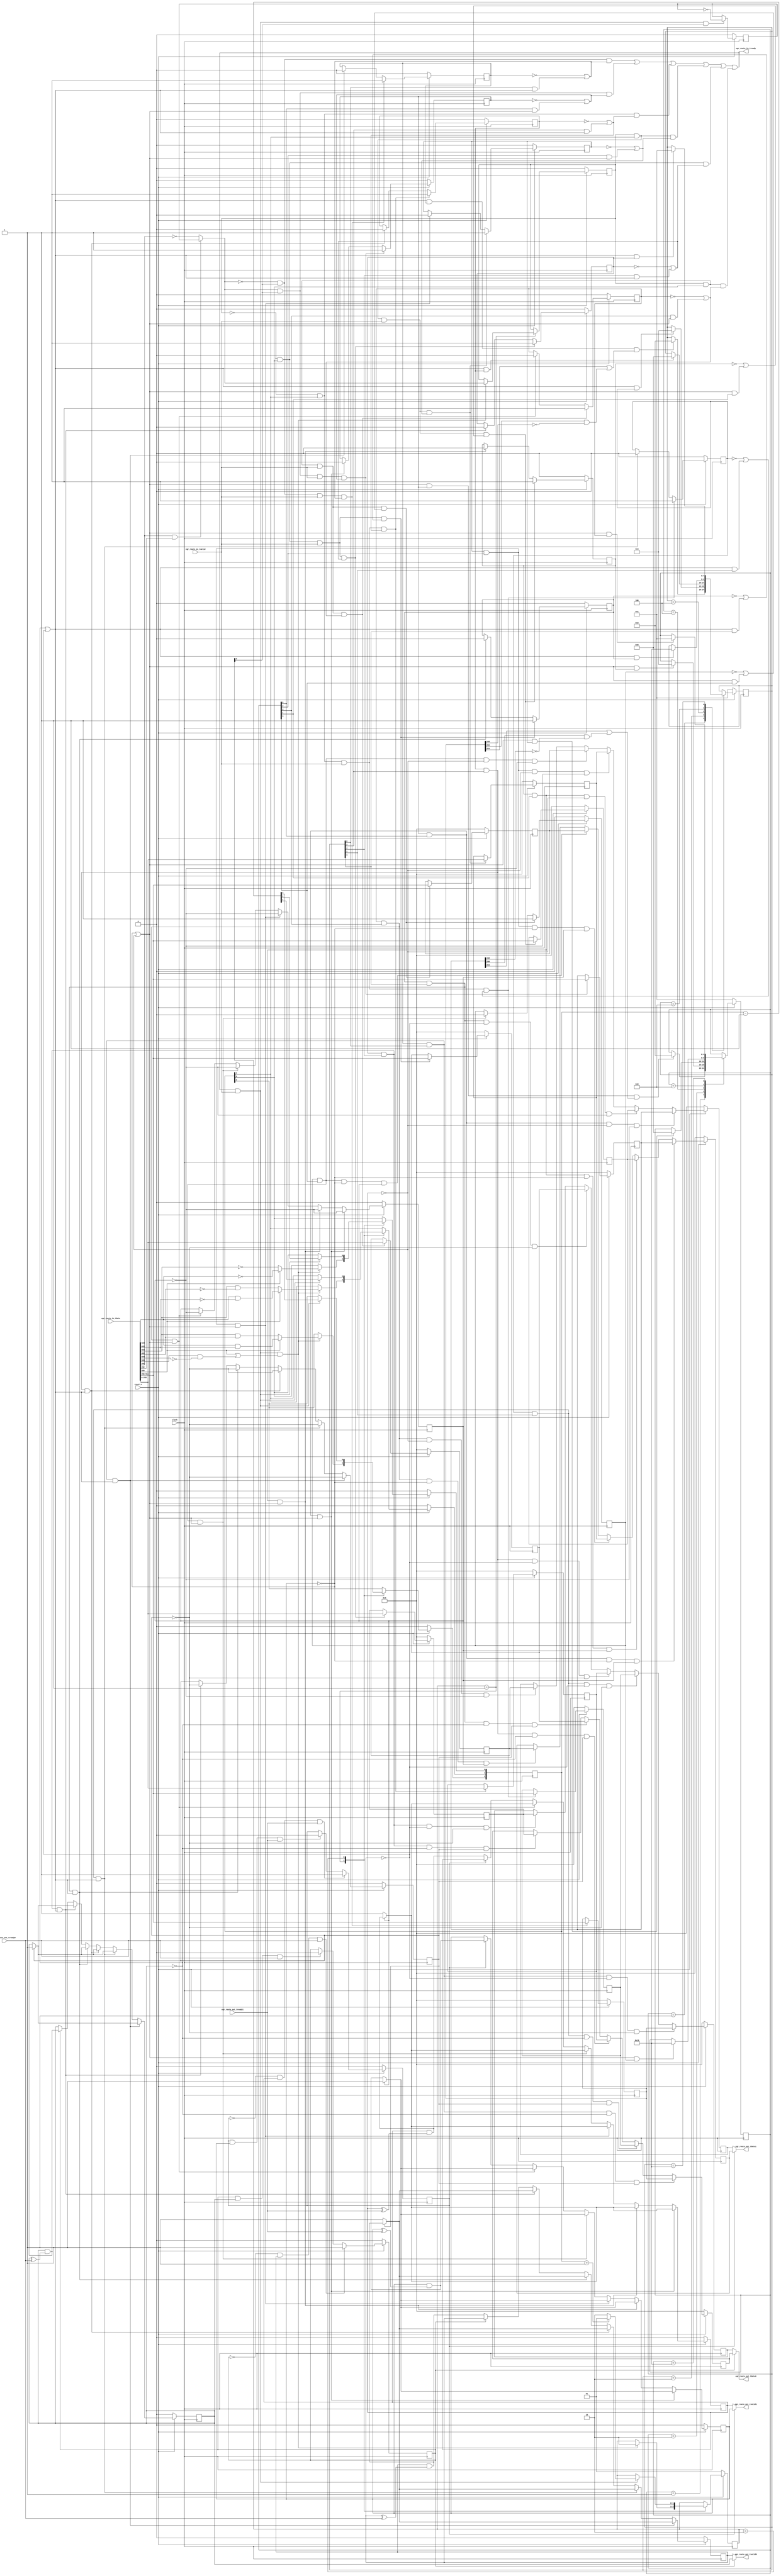
// This program was cloned from: https://github.com/OpenCAPI/ThymesisFlow
// License: Apache License 2.0

// *!***************************************************************************
// *! Copyright 2019 International Business Machines
// *!
// *! Licensed under the Apache License, Version 2.0 (the "License");
// *! you may not use this file except in compliance with the License.
// *! You may obtain a copy of the License at
// *! http://www.apache.org/licenses/LICENSE-2.0 
// *!
// *! The patent license granted to you in Section 3 of the License, as applied
// *! to the "Work," hereby includes implementations of the Work in physical form.  
// *!
// *! Unless required by applicable law or agreed to in writing, the reference design
// *! distributed under the License is distributed on an "AS IS" BASIS,
// *! WITHOUT WARRANTIES OR CONDITIONS OF ANY KIND, either express or implied.
// *! See the License for the specific language governing permissions and
// *! limitations under the License.
// *! 
// *! The background Specification upon which this is based is managed by and available from
// *! the OpenCAPI Consortium.  More information can be found at https://opencapi.org. 
// *!***************************************************************************
// Module designer: Dimitris Syrivelis
// Backup: Christian Pinto, Michele Gazzetti

`timescale 1ns / 10ps
// ******************************************************************************************************************************
// File Name          :  thymesisflow_64B_32B_routing_egress
// Project            :  ThymesisFlow disagreggated memory
//                       Receives Compute or Memory multiplexed cmd-data traffic and routes towards the proper pipeline based on 
//                       the netid field. It also downsizes 64B to 32B and may also bond channels by mastering complete transactions
//                         in a round robin fashion.
// ==============================================================================================================================
// @@@  Module Declaration
// ==============================================================================================================================

module thymesisflow_64B_32B_routing_egress (

    input              clock                   // Clock - samples & launches data on rising edge
  , input              reset_n                //  Active Low

  // 64B incoming data Interface
  , input   [511:0]     egr_route_in_tdata
  , input               egr_route_in_tvalid
  
  , output              egr_route_in_tready

  // 32B AXI-STREAM 
  , output  [255:0]     egr_route_out_tdata0     
  , output              egr_route_out_tvalid0         
  , input               egr_route_out_tready0

  // 32B AXI-STREAM
  , output   [255:0]    egr_route_out_tdata1          
  , output              egr_route_out_tvalid1         
  , input               egr_route_out_tready1

);

`define OCX_FLIT_NET_ID 296:291 
`define OCX_SELECT_PORT0 291
`define OCX_SELECT_PORT1 292  

reg [255:0] cmdflit0_q;
reg         cmdflit0_vld;

reg [255:0] dataflit00h_q; 
reg         dataflit00h_vld;

reg [255:0] dataflit00l_q; 
reg         dataflit00l_vld;

reg [255:0] dataflit01h_q;
reg         dataflit01h_vld;

reg [255:0] dataflit01l_q;
reg         dataflit01l_vld;


reg [255:0] pingdata0_q; 
reg         pingdata0_valid;

reg [255:0] pongdata0_q; 
reg         pongdata0_valid;

reg [255:0] cmdflit1_q;
reg         cmdflit1_vld;

reg [255:0] dataflit10h_q; 
reg         dataflit10h_vld;

reg [255:0] dataflit10l_q; 
reg         dataflit10l_vld;

reg [255:0] dataflit11h_q;
reg         dataflit11h_vld;

reg [255:0] dataflit11l_q;
reg         dataflit11l_vld;

reg [255:0] pingdata1_q; 
reg         pingdata1_valid;

reg [255:0] pongdata1_q; 
reg         pongdata1_valid;


//Assignments

reg output_turn;//used for bonding.

wire next_cmd_interface_id;//used for determining next interface

wire ping_pong_ready0;
wire ping_pong_ready1;

//OpenCAPI main state machine

wire   is_writecmd;
assign is_writecmd = egr_route_in_tdata[509];

wire   is_respRok;
assign is_respRok  = ((egr_route_in_tdata[506] == 1'b1) && (egr_route_in_tdata[504] == 1'b0));

//TLCmd
wire [1:0] cmd_dl;
assign cmd_dl  = egr_route_in_tdata[423:422]; //according to the mapping

//TLResp
wire [1:0] resp_dl;
assign resp_dl = egr_route_in_tdata[483:482];


reg  [1:0] ocapi_sm;
parameter INPUT_CMD_RESP = 2'b01;
parameter INPUT_DATAFLIT = 2'b10;

reg [2:0] dflit_size;
reg       next_data_interface_id;


wire input_is_data;
assign input_is_data = ocapi_sm[1];

wire input_is_data0;
assign input_is_data0 = dflit_size[1]; //for 128B flits only as dl is 2'b10; 

wire input_is_data1; 
assign input_is_data1 = dflit_size[0]; //for 128B flits only as dl is 2'b01;

wire input_is_cmd;
assign input_is_cmd = ocapi_sm[0];

wire is_cmd_p0;
wire is_data0_high_p0;
wire is_data0_low_p0;
wire is_data1_high_p0;
wire is_data1_low_p0; 

wire is_cmd_p1;
wire is_data0_high_p1;
wire is_data0_low_p1;
wire is_data1_high_p1;
wire is_data1_low_p1; 


//Determine which is the next interface and what type of opencapi flit is expected next. 
//If ping pong buffer is ready the previous flits should get propagated unless a downsize stall
//happens for dataflits (i.e. conversion of 1x64B -> 2x32B)
assign egr_route_in_tready = ((next_cmd_interface_id ==  1'b0) && (input_is_cmd == 1'b1) &&  //next interface0 this is a command and it can be consumed
                                                    ((cmdflit0_vld == 1'b0) ||  ((is_cmd_p0 == 1'b1) && (ping_pong_ready0 == 1'b1)))  
                             ) ||
                             ((next_cmd_interface_id ==  1'b1) && (input_is_cmd == 1'b1) &&  //next interface1 this is a command and it can be consumed
                                                    ((cmdflit1_vld == 1'b0) ||  ((is_cmd_p1 == 1'b1) && (ping_pong_ready1 == 1'b1)))  
                             ) ||
                             ((next_data_interface_id == 1'b0) && (input_is_data0 == 1'b1) &&  //next data interface is zero and data0 low side is delivered now
                                                    ((dataflit00l_vld == 1'b0) ||  ((is_data0_low_p0 == 1'b1) && (ping_pong_ready0 == 1'b1)))  
                             ) ||                     
                             ((next_data_interface_id == 1'b1) && (input_is_data0 == 1'b1) &&  //next data interface is zero and data0 low side is delivered now
                                                    ((dataflit10l_vld == 1'b0) ||  ((is_data0_low_p1 == 1'b1) && (ping_pong_ready1 == 1'b1)))  
                             ) ||
                              ((next_data_interface_id == 1'b0) && (input_is_data1 == 1'b1) &&  //next data interface is zero and data0 low side is delivered now
                                                    ((dataflit01l_vld == 1'b0) ||  ((is_data1_low_p0 == 1'b1) && (ping_pong_ready0 == 1'b1)))  
                             ) ||                     
                             ((next_data_interface_id == 1'b1) && (input_is_data1 == 1'b1) &&  //next data interface is zero and data0 low side is delivered now
                                                    ((dataflit11l_vld == 1'b0) ||  ((is_data1_low_p1 == 1'b1) && (ping_pong_ready1 == 1'b1)))  
                             );
 

always @(posedge(clock))
begin
       if (reset_n == 1'b0)
    begin
      ocapi_sm               <= INPUT_CMD_RESP;
      dflit_size             <= 2'b00;
      next_data_interface_id <= 1'b0;
    end
   else
    case (ocapi_sm) 
       INPUT_CMD_RESP:                                   
	    begin
              if ((egr_route_in_tready == 1'b1) && (egr_route_in_tvalid == 1'b1) && //if the cmd is 128B write or Read resp OK there is special handling.
                                               ((is_writecmd == 1'b1) || (is_respRok == 1'b1))
                 ) //Commands with dataflits
                begin
                   dflit_size[2]                   <= (is_writecmd == 1'b1) ? cmd_dl[1]  & cmd_dl[0]  : resp_dl[1] &  resp_dl[0];
                   dflit_size[1]                   <= (is_writecmd == 1'b1) ? cmd_dl[1]  & ~cmd_dl[0] : resp_dl[1] & ~resp_dl[0];
                   dflit_size[0]                   <= (is_writecmd == 1'b1) ? ~cmd_dl[1] : ~resp_dl[1];
                   ocapi_sm                        <= INPUT_DATAFLIT;//next at input is cmd1
                   next_data_interface_id          <= next_cmd_interface_id;
                end
            end
	INPUT_DATAFLIT:
            begin  
              if ((egr_route_in_tready == 1'b1) && (egr_route_in_tvalid == 1'b1)) 
                begin
                   dflit_size         <= dflit_size - 3'b001;   
                   ocapi_sm           <= (dflit_size == 3'b001)? INPUT_CMD_RESP : INPUT_DATAFLIT;      //next at input is  cmd0   
                end 
            end         
    endcase
end    


//determining the next output for bonding. Each output gets a full command in (with data as well)
always @(posedge(clock))
begin
   if (reset_n == 1'b0)
    begin
      output_turn <= 1'b0;
    end
   else if ((egr_route_in_tready == 1'b1) && (egr_route_in_tvalid == 1'b1) && (input_is_cmd == 1'b1))
    begin
          output_turn <=  ~output_turn;
    end
end

//needs revisit as it only considers only 2 interfaces (which are available on the AD9V3 card)
//output turn is selected for channel bonding and if this is not the case, if outport0 is not selected we assume 1 is.
assign next_cmd_interface_id = (( egr_route_in_tdata[`OCX_SELECT_PORT0] == 1'b1) && ( egr_route_in_tdata[`OCX_SELECT_PORT1] == 1'b1)) ? output_turn : ~egr_route_in_tdata[`OCX_SELECT_PORT0];

//Processes that pull data from stage 1 to ping pong buffer.

//Cmdflit0
always @(posedge(clock))
begin
   if (reset_n == 1'b0)
     begin
        cmdflit0_q <= 256'b0;
        cmdflit0_vld <= 1'b0;
     end
   else if ((next_cmd_interface_id ==  1'b0) && //0 is the next interface 
            (input_is_cmd == 1'b1) &&           //first stage input is cmd
            (egr_route_in_tvalid == 1'b1) &&    //there is a cmd at the first stage input
            ( (cmdflit0_vld == 1'b0) ||        //first stage is empty or second stage is pulling the other flit in this cycle.
                   ((ping_pong_ready0 == 1'b1) && (is_cmd_p0 == 1'b1)) 
            )                      
           )
     begin
        cmdflit0_q   <= egr_route_in_tdata[511:256]; 
        cmdflit0_vld <= 1'b1;
     end
   else if ((cmdflit0_vld == 1'b1) && (is_cmd_p0 == 1'b1) && (ping_pong_ready0 == 1'b1))
     begin
        cmdflit0_vld <= 1'b0;
     end 
end

//dataflit00h_q
always @(posedge(clock))
begin
   if (reset_n == 1'b0)
     begin
        dataflit00h_q   <= 512'b0;
        dataflit00h_vld <= 1'b0;
     end
   else if ((next_data_interface_id ==  1'b0) && //0 is the next interface 
            (input_is_data0 == 1'b1) &&         //first stage input is dataflit0
            (egr_route_in_tvalid == 1'b1) &&    //there is a dataflit at the first stage input
            ( (dataflit00h_vld == 1'b0) ||        //first stage is empty or second stage is pulling the lower flit in this cycle.
                 ((ping_pong_ready0 == 1'b1) && (is_data0_high_p0 == 1'b1)) 
            )                      
           )
     begin
        dataflit00h_q   <= egr_route_in_tdata[511:256]; 
        dataflit00h_vld <= 1'b1;
     end
   else if ((dataflit00h_vld == 1'b1) && (is_data0_high_p0 == 1'b1) && (ping_pong_ready0 == 1'b1))
     begin
        dataflit00h_vld <= 1'b0;
     end 
end

//dataflit00l_q
always @(posedge(clock))
begin
   if (reset_n == 1'b0)
     begin
        dataflit00l_q   <= 512'b0;
        dataflit00l_vld <= 1'b0;
     end
   else if ((next_data_interface_id ==  1'b0) && //0 is the next interface 
            (input_is_data0 == 1'b1) &&         //first stage input is dataflit0
            (egr_route_in_tvalid == 1'b1) &&    //there is a dataflit at the first stage input
            ( (dataflit00l_vld == 1'b0) ||        //first stage is empty or second stage is pulling the lower flit in this cycle.
                 ((ping_pong_ready0 == 1'b1) && (is_data0_low_p0 == 1'b1)) 
            )                      
           )
     begin
        dataflit00l_q   <= egr_route_in_tdata[255:0]; 
        dataflit00l_vld <= 1'b1;
     end
   else if ((dataflit00l_vld == 1'b1) && (is_data0_low_p0 == 1'b1) && (ping_pong_ready0 == 1'b1))
     begin
        dataflit00l_vld <= 1'b0;
     end 
end

//dataflit01h_q
always @(posedge(clock))
begin
   if (reset_n == 1'b0)
     begin
        dataflit01h_q   <= 512'b0;
        dataflit01h_vld <= 1'b0;
     end
   else if ((next_data_interface_id ==  1'b0) && //0 is the next interface 
            (input_is_data1 == 1'b1) &&         //first stage input is dataflit0
            (egr_route_in_tvalid == 1'b1) &&    //there is a dataflit at the first stage input
            ( (dataflit01h_vld == 1'b0) ||        //first stage is empty or second stage is pulling the lower flit in this cycle.
                 ((ping_pong_ready0 == 1'b1) && (is_data1_high_p0 == 1'b1)) 
            )                      
           )
     begin
        dataflit01h_q   <= egr_route_in_tdata[511:256]; 
        dataflit01h_vld <= 1'b1;
     end
   else if ((dataflit01h_vld == 1'b1) && (is_data1_high_p0 == 1'b1) && (ping_pong_ready0 == 1'b1))
     begin
        dataflit01h_vld <= 1'b0;
     end 
end

//dataflit00l_q
always @(posedge(clock))
begin
   if (reset_n == 1'b0)
     begin
        dataflit01l_q <= 512'b0;
        dataflit01l_vld <= 1'b0;
     end
   else if ((next_data_interface_id ==  1'b0) && //0 is the next interface 
            (input_is_data1 == 1'b1) &&         //first stage input is dataflit0
            (egr_route_in_tvalid == 1'b1) &&    //there is a dataflit at the first stage input
            ( (dataflit01l_vld == 1'b0) ||        //first stage is empty or second stage is pulling the lower flit in this cycle.
                 ((ping_pong_ready0 == 1'b1) && (is_data1_low_p0 == 1'b1)) 
            )                      
           )
     begin
        dataflit01l_q   <= egr_route_in_tdata[255:0]; 
        dataflit01l_vld <= 1'b1;
     end
   else if ((dataflit01l_vld == 1'b1) && (is_data1_low_p0 == 1'b1) && (ping_pong_ready0 == 1'b1))
     begin
        dataflit01l_vld <= 1'b0;
     end 
end

//Cmdflit1
always @(posedge(clock))
begin
   if (reset_n == 1'b0)
     begin
        cmdflit1_q   <= 256'b0;
        cmdflit1_vld <= 1'b0;
     end
   else if ((next_cmd_interface_id ==  1'b1) && //1 is the next interface 
            (input_is_cmd == 1'b1) &&           //first stage input is cmd
            (egr_route_in_tvalid == 1'b1) &&    //there is a cmd at the first stage input
            ( (cmdflit1_vld == 1'b0) ||        //first stage is empty or second stage is pulling the other flit in this cycle.
                   ((ping_pong_ready1 == 1'b1) && (is_cmd_p1 == 1'b1)) 
            )                      
           )
     begin
        cmdflit1_q   <= egr_route_in_tdata[511:256]; 
        cmdflit1_vld <= 1'b1;
     end
   else if ((cmdflit1_vld == 1'b1) && (is_cmd_p1 == 1'b1) && (ping_pong_ready1 == 1'b1))
     begin
        cmdflit1_vld <= 1'b0;
     end 
end

//dataflit10h_q
always @(posedge(clock))
begin
   if (reset_n == 1'b0)
     begin
        dataflit10h_q   <= 512'b0;
        dataflit10h_vld <= 1'b0;
     end
   else if ((next_data_interface_id ==  1'b1) && //1 is the next interface 
            (input_is_data0 == 1'b1) &&         //first stage input is dataflit0
            (egr_route_in_tvalid == 1'b1) &&    //there is a dataflit at the first stage input
            ( (dataflit10h_vld == 1'b0)  ||  //first stage is _completely_ empty  or second stage is pulling the lower flit in this cycle.
                 ((ping_pong_ready1 == 1'b1) && (is_data0_high_p1 == 1'b1)) 
            )                      
           )
     begin
        dataflit10h_q   <= egr_route_in_tdata[511:256]; 
        dataflit10h_vld <= 1'b1;
     end
   else if ((dataflit10h_vld == 1'b1) && (is_data0_high_p1 == 1'b1) && (ping_pong_ready1 == 1'b1))
     begin
        dataflit10h_vld <= 1'b0;
     end 
end

//dataflit10l_q
always @(posedge(clock))
begin
   if (reset_n == 1'b0)
     begin
        dataflit10l_q   <= 512'b0;
        dataflit10l_vld <= 1'b0;
     end
   else if ((next_data_interface_id ==  1'b1) && //1 is the next interface 
            (input_is_data0 == 1'b1) &&         //first stage input is dataflit0
            (egr_route_in_tvalid == 1'b1) &&    //there is a dataflit at the first stage input
            ( (dataflit10l_vld == 1'b0) ||        //first stage is empty or second stage is pulling the lower flit in this cycle.
                 ((ping_pong_ready1 == 1'b1) && (is_data0_low_p1 == 1'b1)) 
            )                      
           )
     begin
        dataflit10l_q   <= egr_route_in_tdata[255:0]; 
        dataflit10l_vld <= 1'b1;
     end
   else if ((dataflit10l_vld == 1'b1) && (is_data0_low_p1 == 1'b1) && (ping_pong_ready1 == 1'b1))
     begin
        dataflit10l_vld <= 1'b0;
     end 
end

//dataflit11h_q
always @(posedge(clock))
begin
   if (reset_n == 1'b0)
     begin
        dataflit11h_q   <= 512'b0;
        dataflit11h_vld <= 1'b0;
     end
   else if ((next_data_interface_id ==  1'b1) && //1 is the next interface 
            (input_is_data1 == 1'b1) &&         //first stage input is dataflit0
            (egr_route_in_tvalid == 1'b1) &&    //there is a dataflit at the first stage input
            ( (dataflit11h_vld == 1'b0) ||        //first stage is empty or second stage is pulling the lower flit in this cycle.
                 ((ping_pong_ready1 == 1'b1) && (is_data1_high_p1 == 1'b1)) 
            )                      
           )
     begin
        dataflit11h_q   <= egr_route_in_tdata[511:256]; 
        dataflit11h_vld <= 1'b1;
     end
   else if ((dataflit11h_vld == 1'b1) && (is_data1_high_p1 == 1'b1) && (ping_pong_ready1 == 1'b1))
     begin
        dataflit11h_vld <= 1'b0;
     end 
end

//dataflit11l_q
always @(posedge(clock))
begin
   if (reset_n == 1'b0)
     begin
        dataflit11l_q <= 512'b0;
        dataflit11l_vld <= 1'b0;
     end
   else if ((next_data_interface_id ==  1'b1) && //1 is the next interface 
            (input_is_data1 == 1'b1) &&         //first stage input is dataflit0
            (egr_route_in_tvalid == 1'b1) &&    //there is a dataflit at the first stage input
            ( (dataflit11l_vld == 1'b0) ||        //first stage is empty or second stage is pulling the lower flit in this cycle.
                 ((ping_pong_ready1 == 1'b1) && (is_data1_low_p1 == 1'b1)) 
            )                      
           )
     begin
        dataflit11l_q   <= egr_route_in_tdata[255:0]; 
        dataflit11l_vld <= 1'b1;
     end
   else if ((dataflit11l_vld == 1'b1) && (is_data1_low_p1 == 1'b1) && (ping_pong_ready1 == 1'b1))
     begin
        dataflit11l_vld <= 1'b0;
     end 
end



//OUTPUT PORT0 PING PONG BUFFER LOGIC

wire   is_writecmd_p0;
assign is_writecmd_p0 = cmdflit0_q[253];

wire   is_respRok_p0;
assign is_respRok_p0  = ((cmdflit0_q[250] == 1'b1) && (cmdflit0_q[248] == 1'b0));

wire [1:0] cmd_dl_p0;
assign cmd_dl_p0  = cmdflit0_q[167:166]; //according to the mapping

wire [1:0] resp_dl_p0;
assign resp_dl_p0 = cmdflit0_q[227:226];


parameter PORT0_CMD        = 5'b00001;
parameter PORT0_DATA0_HIGH = 5'b00010;
parameter PORT0_DATA0_LOW  = 5'b00100;
parameter PORT0_DATA1_HIGH = 5'b01000;
parameter PORT0_DATA1_LOW  = 5'b10000;

reg [4:0] port0_sm;

assign is_cmd_p0         = port0_sm[0];
assign is_data0_high_p0  = port0_sm[1];
assign is_data0_low_p0   = port0_sm[2];
assign is_data1_high_p0  = port0_sm[3];
assign is_data1_low_p0   = port0_sm[4];

always @(posedge(clock))
begin
   if (reset_n == 1'b0)
    begin
      port0_sm        <= PORT0_CMD;
    end
   else
    case (port0_sm) 
       PORT0_CMD:                                   
	    begin
              if ((ping_pong_ready0 == 1'b1) && (cmdflit0_vld == 1'b1) && 
                      ((is_writecmd_p0 == 1'b1) || (is_respRok_p0 == 1'b1))) 
                   port0_sm <= PORT0_DATA0_HIGH;
            end
	PORT0_DATA0_HIGH:
            begin  
              if ((ping_pong_ready0 == 1'b1) && (dataflit00h_vld == 1'b1)) 
                   port0_sm  <= PORT0_DATA0_LOW;  
            end         
        PORT0_DATA0_LOW:
            begin
              if ((ping_pong_ready0 == 1'b1) && (dataflit00l_vld == 1'b1)) 
                   port0_sm  <= PORT0_DATA1_HIGH;   
            end
        PORT0_DATA1_HIGH:
            begin
              if ((ping_pong_ready0 == 1'b1) && (dataflit01h_vld == 1'b1)) 
                   port0_sm  <= PORT0_DATA1_LOW;   
            end
        PORT0_DATA1_LOW:
            begin
              if ((ping_pong_ready0 == 1'b1) && (dataflit01l_vld == 1'b1)) 
                   port0_sm  <= PORT0_CMD;   
            end
    endcase
end    


assign ping_pong_ready0 = ((pongdata0_valid == 1'b0) || (pingdata0_valid == 1'b0));

reg pp0_turn_w;
reg pp0_turn_r; //ping pong buffer write-read regs
//fill in ping data q register
always @(posedge(clock))
begin
   if (reset_n == 1'b0)
    begin
       pingdata0_q <= 256'b0;
    end
   else if ((is_cmd_p0 == 1'b1) && (cmdflit0_vld == 1'b1) && (pingdata0_valid == 1'b0) && (pp0_turn_w == 1'b0))
    begin
       pingdata0_q  <= cmdflit0_q;
    end
   else if ((is_data0_high_p0 == 1'b1) && (dataflit00h_vld == 1'b1) && (pingdata0_valid == 1'b0) && (pp0_turn_w == 1'b0))
    begin
       pingdata0_q  <= dataflit00h_q;
    end
   else if ((is_data0_low_p0 == 1'b1) && (dataflit00l_vld == 1'b1) && (pingdata0_valid == 1'b0) && (pp0_turn_w == 1'b0))
    begin
       pingdata0_q  <= dataflit00l_q;
    end
   else if ((is_data1_high_p0 == 1'b1) && (dataflit01h_vld == 1'b1) && (pingdata0_valid == 1'b0) && (pp0_turn_w == 1'b0))
    begin
       pingdata0_q  <= dataflit01h_q;
    end
   else if ((is_data1_low_p0 == 1'b1) && (dataflit01l_vld == 1'b1) && (pingdata0_valid == 1'b0) && (pp0_turn_w == 1'b0))
    begin
       pingdata0_q  <= dataflit01l_q;
    end
end

always @(posedge(clock))
begin
   if (reset_n == 1'b0)
    begin
       pongdata0_q <= 256'b0;
    end
   else if ((is_cmd_p0 == 1'b1) && (cmdflit0_vld == 1'b1) && (pongdata0_valid == 1'b0) && (pp0_turn_w == 1'b1))
    begin
       pongdata0_q  <= cmdflit0_q;
    end
   else if ((is_data0_high_p0 == 1'b1) && (dataflit00h_vld == 1'b1) && (pongdata0_valid == 1'b0) && (pp0_turn_w  == 1'b1))
    begin
       pongdata0_q  <= dataflit00h_q;
    end
   else if ((is_data0_low_p0 == 1'b1) && (dataflit00l_vld == 1'b1) && (pongdata0_valid == 1'b0) && (pp0_turn_w  == 1'b1))
    begin
       pongdata0_q  <= dataflit00l_q;
    end
   else if ((is_data1_high_p0 == 1'b1) && (dataflit01h_vld == 1'b1) && (pongdata0_valid == 1'b0) && (pp0_turn_w  == 1'b1))
    begin
       pongdata0_q  <= dataflit01h_q;
    end
   else if ((is_data1_low_p0 == 1'b1) && (dataflit01l_vld == 1'b1) && (pongdata0_valid == 1'b0) && (pp0_turn_w  == 1'b1))
    begin
       pongdata0_q  <= dataflit01l_q;
    end
end

//ping pong turn_write andi valid  handling
always @(posedge(clock))
begin
   if (reset_n == 1'b0)
    begin
       pongdata0_valid  <= 1'b0;
       pingdata0_valid  <= 1'b0;
       pp0_turn_w       <= 1'b0;
    end
   else if ((is_cmd_p0 == 1'b1) && (cmdflit0_vld == 1'b1) && (ping_pong_ready0 == 1'b1) )
    begin
       pp0_turn_w       <= ~pp0_turn_w;
       pingdata0_valid  <= (pp0_turn_w  == 1'b0) ? 1'b1 : pingdata0_valid & (pingdata0_valid ^ egr_route_out_tready0);
       pongdata0_valid  <= (pp0_turn_w  == 1'b1) ? 1'b1 : pongdata0_valid & (pongdata0_valid ^ egr_route_out_tready0); 
    end
   else if ((is_data0_high_p0 == 1'b1) && (dataflit00h_vld == 1'b1) && (ping_pong_ready0 == 1'b1))
    begin
       pp0_turn_w       <= ~pp0_turn_w; 
       pingdata0_valid  <= (pp0_turn_w  == 1'b0) ? 1'b1 : pingdata0_valid & (pingdata0_valid ^ egr_route_out_tready0);
       pongdata0_valid  <= (pp0_turn_w  == 1'b1) ? 1'b1 : pongdata0_valid & (pongdata0_valid ^ egr_route_out_tready0); 
    end
   else if ((is_data0_low_p0 == 1'b1) && (dataflit00l_vld == 1'b1) && (ping_pong_ready0 == 1'b1))
    begin
       pp0_turn_w       <= ~pp0_turn_w; 
       pingdata0_valid  <= (pp0_turn_w  == 1'b0) ? 1'b1 : pingdata0_valid & (pingdata0_valid ^ egr_route_out_tready0);
       pongdata0_valid  <= (pp0_turn_w  == 1'b1) ? 1'b1 : pongdata0_valid & (pongdata0_valid ^ egr_route_out_tready0); 
   end
   else if ((is_data1_high_p0 == 1'b1) && (dataflit01h_vld == 1'b1) && (ping_pong_ready0 == 1'b1))
    begin
       pp0_turn_w       <= ~pp0_turn_w; 
       pingdata0_valid  <= (pp0_turn_w  == 1'b0) ? 1'b1 : pingdata0_valid & (pingdata0_valid ^ egr_route_out_tready0);
       pongdata0_valid  <= (pp0_turn_w  == 1'b1) ? 1'b1 : pongdata0_valid & (pongdata0_valid ^ egr_route_out_tready0); 
   end
   else if ((is_data1_low_p0 == 1'b1) && (dataflit01l_vld == 1'b1) && (ping_pong_ready0 == 1'b1))
    begin
       pp0_turn_w       <= ~pp0_turn_w; 
       pingdata0_valid  <= (pp0_turn_w  == 1'b0) ? 1'b1 : pingdata0_valid & (pingdata0_valid ^ egr_route_out_tready0);
       pongdata0_valid  <= (pp0_turn_w  == 1'b1) ? 1'b1 : pongdata0_valid & (pongdata0_valid ^ egr_route_out_tready0);    
    end
  else 
    begin
       pingdata0_valid  <= (pp0_turn_r  == 1'b0) ? pingdata0_valid & (pingdata0_valid ^ egr_route_out_tready0) : pingdata0_valid;
       pongdata0_valid  <= (pp0_turn_r  == 1'b1) ? pongdata0_valid & (pongdata0_valid ^ egr_route_out_tready0) : pongdata0_valid;   
    end 
end

always @(posedge(clock))
begin
    if (reset_n == 1'b0)
      begin
        pp0_turn_r       <= 1'b0;
      end
    else if ((pp0_turn_r == 1'b0) && (pingdata0_valid == 1'b1) && (egr_route_out_tready0 == 1'b1)) //ping flit is going out.
      begin
        pp0_turn_r      <= 1'b1;
      end
    else if  ((pp0_turn_r == 1'b1) && (pongdata0_valid == 1'b1) && (egr_route_out_tready0 == 1'b1)) //pong flit is going out.
      begin
       pp0_turn_r       <= 1'b0; 
      end 
end

//assign outputs.
assign egr_route_out_tdata0  = (pp0_turn_r == 1'b0) ? pingdata0_q     : pongdata0_q;  
assign egr_route_out_tvalid0 = (pp0_turn_r == 1'b0) ? pingdata0_valid : pongdata0_valid;

//@@@@@@@@@@@@@@@@@@@@@@@@@@@@@@@@@@@@@@@@@@@@@@@@@@@@@@
//OUTPUT PORT1 PING PONG BUFFER LOGIC
//*******************************************************
//*******************************************************
wire   is_writecmd_p1;
assign is_writecmd_p1 = cmdflit1_q[253];

wire   is_respRok_p1;
assign is_respRok_p1  = ((cmdflit1_q[250] == 1'b1) && (cmdflit1_q[248] == 1'b0));

wire [1:0] cmd_dl_p1;
assign cmd_dl_p1  = cmdflit1_q[167:166]; //according to the mapping

wire [1:0] resp_dl_p1;
assign resp_dl_p1 = cmdflit1_q[227:226];


parameter PORT1_CMD        = 5'b00001;
parameter PORT1_DATA0_HIGH = 5'b00010;
parameter PORT1_DATA0_LOW  = 5'b00100;
parameter PORT1_DATA1_HIGH = 5'b01000;
parameter PORT1_DATA1_LOW  = 5'b10000;

reg [4:0] port1_sm;

assign is_cmd_p1         = port1_sm[0];
assign is_data0_high_p1  = port1_sm[1];
assign is_data0_low_p1   = port1_sm[2];
assign is_data1_high_p1  = port1_sm[3];
assign is_data1_low_p1   = port1_sm[4];

always @(posedge(clock))
begin
   if (reset_n == 1'b0)
    begin
      port1_sm        <= PORT1_CMD;
    end
   else
    case (port1_sm) 
       PORT1_CMD:                                   
	        begin
              if ((ping_pong_ready1 == 1'b1) && (cmdflit1_vld == 1'b1) && 
                         ((is_writecmd_p1 == 1'b1) || (is_respRok_p1 == 1'b1))) 
                   port1_sm <= PORT0_DATA0_HIGH;
            end
	    PORT1_DATA0_HIGH:
            begin  
              if ((ping_pong_ready1 == 1'b1) && (dataflit10h_vld == 1'b1)) 
                   port1_sm  <= PORT1_DATA0_LOW;  
            end         
        PORT1_DATA0_LOW:
            begin
              if ((ping_pong_ready1 == 1'b1) && (dataflit10l_vld == 1'b1)) 
                   port1_sm  <= PORT1_DATA1_HIGH;   
            end
        PORT1_DATA1_HIGH:
            begin
              if ((ping_pong_ready1 == 1'b1) && (dataflit11h_vld == 1'b1)) 
                   port1_sm  <= PORT1_DATA1_LOW;   
            end
        PORT1_DATA1_LOW:
            begin
              if ((ping_pong_ready1 == 1'b1) && (dataflit11l_vld == 1'b1)) 
                   port1_sm  <= PORT1_CMD;   
            end
    endcase
end    

assign ping_pong_ready1 = ((pongdata1_valid == 1'b0) || (pingdata1_valid == 1'b0));

reg pp1_turn_w;
reg pp1_turn_r; //ping pong buffer write-read regs
//fill in ping data q register
always @(posedge(clock))
begin
   if (reset_n == 1'b0)
    begin
       pingdata1_q <= 256'b0;
    end
   else if ((is_cmd_p1 == 1'b1) && (cmdflit1_vld == 1'b1) && (pingdata1_valid == 1'b0) && (pp1_turn_w == 1'b0))
    begin
       pingdata1_q  <= cmdflit1_q;
    end
   else if ((is_data0_high_p1 == 1'b1) && (dataflit10h_vld == 1'b1) && (pingdata1_valid == 1'b0) && (pp1_turn_w == 1'b0))
    begin
       pingdata1_q  <= dataflit10h_q;
    end
   else if ((is_data0_low_p1 == 1'b1) && (dataflit10l_vld == 1'b1) && (pingdata1_valid == 1'b0) && (pp1_turn_w == 1'b0))
    begin
       pingdata1_q  <= dataflit10l_q;
    end
   else if ((is_data1_high_p1 == 1'b1) && (dataflit11h_vld == 1'b1) && (pingdata1_valid == 1'b0) && (pp1_turn_w == 1'b0))
    begin
       pingdata1_q  <= dataflit11h_q;
    end
   else if ((is_data1_low_p1 == 1'b1) && (dataflit11l_vld == 1'b1) && (pingdata1_valid == 1'b0) && (pp1_turn_w == 1'b0))
    begin
       pingdata1_q  <= dataflit11l_q;
    end
end

always @(posedge(clock))
begin
   if (reset_n == 1'b0)
    begin
       pongdata1_q <= 256'b0;
    end
   else if ((is_cmd_p1 == 1'b1) && (cmdflit1_vld == 1'b1) && (pongdata1_valid == 1'b0) && (pp1_turn_w == 1'b1))
    begin
       pongdata1_q  <= cmdflit1_q;
    end
   else if ((is_data0_high_p1 == 1'b1) && (dataflit10h_vld == 1'b1) && (pongdata1_valid == 1'b0) && (pp1_turn_w  == 1'b1))
    begin
       pongdata1_q  <= dataflit10h_q;
    end
   else if ((is_data0_low_p1 == 1'b1) && (dataflit10l_vld == 1'b1) && (pongdata1_valid == 1'b0) && (pp1_turn_w  == 1'b1))
    begin
       pongdata1_q  <= dataflit10l_q;
    end
   else if ((is_data1_high_p1 == 1'b1) && (dataflit11h_vld == 1'b1) && (pongdata1_valid == 1'b0) && (pp1_turn_w  == 1'b1))
    begin
       pongdata1_q  <= dataflit11h_q;
    end
   else if ((is_data1_low_p1 == 1'b1) && (dataflit11l_vld == 1'b1) && (pongdata1_valid == 1'b0) && (pp1_turn_w  == 1'b1))
    begin
       pongdata1_q  <= dataflit11l_q;
    end
end

//ping pong turn_write andi valid  handling
always @(posedge(clock))
begin
   if (reset_n == 1'b0)
    begin
       pongdata1_valid  <= 1'b0;
       pingdata1_valid  <= 1'b0;
       pp1_turn_w       <= 1'b0;
    end
   else if ((is_cmd_p1 == 1'b1) && (cmdflit1_vld == 1'b1) && (ping_pong_ready1 == 1'b1) )
    begin
       pp1_turn_w       <= ~pp1_turn_w;
       pingdata1_valid  <= (pp1_turn_w  == 1'b0) ? 1'b1 : pingdata1_valid & (pingdata1_valid ^ egr_route_out_tready1);
       pongdata1_valid  <= (pp1_turn_w  == 1'b1) ? 1'b1 : pongdata1_valid & (pongdata1_valid ^ egr_route_out_tready1); 
    end
   else if ((is_data0_high_p1 == 1'b1) && (dataflit10h_vld == 1'b1) && (ping_pong_ready1 == 1'b1))
    begin
       pp1_turn_w       <= ~pp1_turn_w; 
       pingdata1_valid  <= (pp1_turn_w  == 1'b0) ? 1'b1 : pingdata1_valid & (pingdata1_valid ^ egr_route_out_tready1);
       pongdata1_valid  <= (pp1_turn_w  == 1'b1) ? 1'b1 : pongdata1_valid & (pongdata1_valid ^ egr_route_out_tready1); 
    end
   else if ((is_data0_low_p1 == 1'b1) && (dataflit10l_vld == 1'b1) && (ping_pong_ready1 == 1'b1))
    begin
       pp1_turn_w       <= ~pp1_turn_w; 
       pingdata1_valid  <= (pp1_turn_w  == 1'b0) ? 1'b1 : pingdata1_valid & (pingdata1_valid ^ egr_route_out_tready1);
       pongdata1_valid  <= (pp1_turn_w  == 1'b1) ? 1'b1 : pongdata1_valid & (pongdata1_valid ^ egr_route_out_tready1); 
   end
   else if ((is_data1_high_p1 == 1'b1) && (dataflit11h_vld == 1'b1) && (ping_pong_ready1 == 1'b1))
    begin
       pp1_turn_w       <= ~pp1_turn_w; 
       pingdata1_valid  <= (pp1_turn_w  == 1'b0) ? 1'b1 : pingdata1_valid & (pingdata1_valid ^ egr_route_out_tready1);
       pongdata1_valid  <= (pp1_turn_w  == 1'b1) ? 1'b1 : pongdata1_valid & (pongdata1_valid ^ egr_route_out_tready1); 
   end
   else if ((is_data1_low_p1 == 1'b1) && (dataflit11l_vld == 1'b1) && (ping_pong_ready1 == 1'b1))
    begin
       pp1_turn_w       <= ~pp1_turn_w; 
       pingdata1_valid  <= (pp1_turn_w  == 1'b0) ? 1'b1 : pingdata1_valid & (pingdata1_valid ^ egr_route_out_tready1);
       pongdata1_valid  <= (pp1_turn_w  == 1'b1) ? 1'b1 : pongdata1_valid & (pongdata1_valid ^ egr_route_out_tready1);    
    end
  else 
    begin
       pingdata1_valid  <= (pp1_turn_r  == 1'b0) ? pingdata1_valid & (pingdata1_valid ^ egr_route_out_tready1) : pingdata1_valid;
       pongdata1_valid  <= (pp1_turn_r  == 1'b1) ? pongdata1_valid & (pongdata1_valid ^ egr_route_out_tready1) : pongdata1_valid;   
    end 
end

always @(posedge(clock))
begin
    if (reset_n == 1'b0)
      begin
        pp1_turn_r       <= 1'b0;
      end
    else if ((pp1_turn_r == 1'b0) && (pingdata1_valid == 1'b1) && (egr_route_out_tready1 == 1'b1)) //ping flit is going out.
      begin
        pp1_turn_r      <= 1'b1;
      end
    else if  ((pp1_turn_r == 1'b1) && (pongdata1_valid == 1'b1) && (egr_route_out_tready1 == 1'b1)) //pong flit is going out.
      begin
        pp1_turn_r       <= 1'b0; 
      end 
end

//assign outputs.
assign egr_route_out_tdata1  = (pp1_turn_r == 1'b0) ? pingdata1_q     : pongdata1_q;  
assign egr_route_out_tvalid1 = (pp1_turn_r == 1'b0) ? pingdata1_valid : pongdata1_valid;

 
endmodule